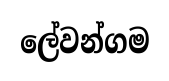
ලේවන්ගම